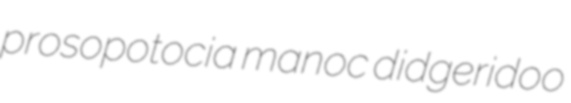
prosopotocia manoc didgeridoo